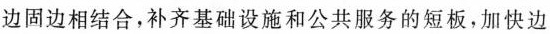
边固边相结合，补齐基础设施和公共服务的短板，加快边